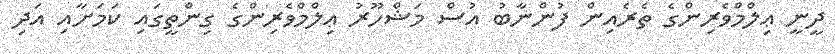
ދީނީ ޢިލްމްވެރިންގެ ތެރެއިން ފުންނާބު އުސް މަޝްހޫރު ޢިލްމްވެރިންގެ ގިންތީގައި ކަމަށާއި އަދި